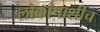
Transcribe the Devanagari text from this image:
लोकांपाशीच